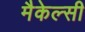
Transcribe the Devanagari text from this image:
मैकेल्सी